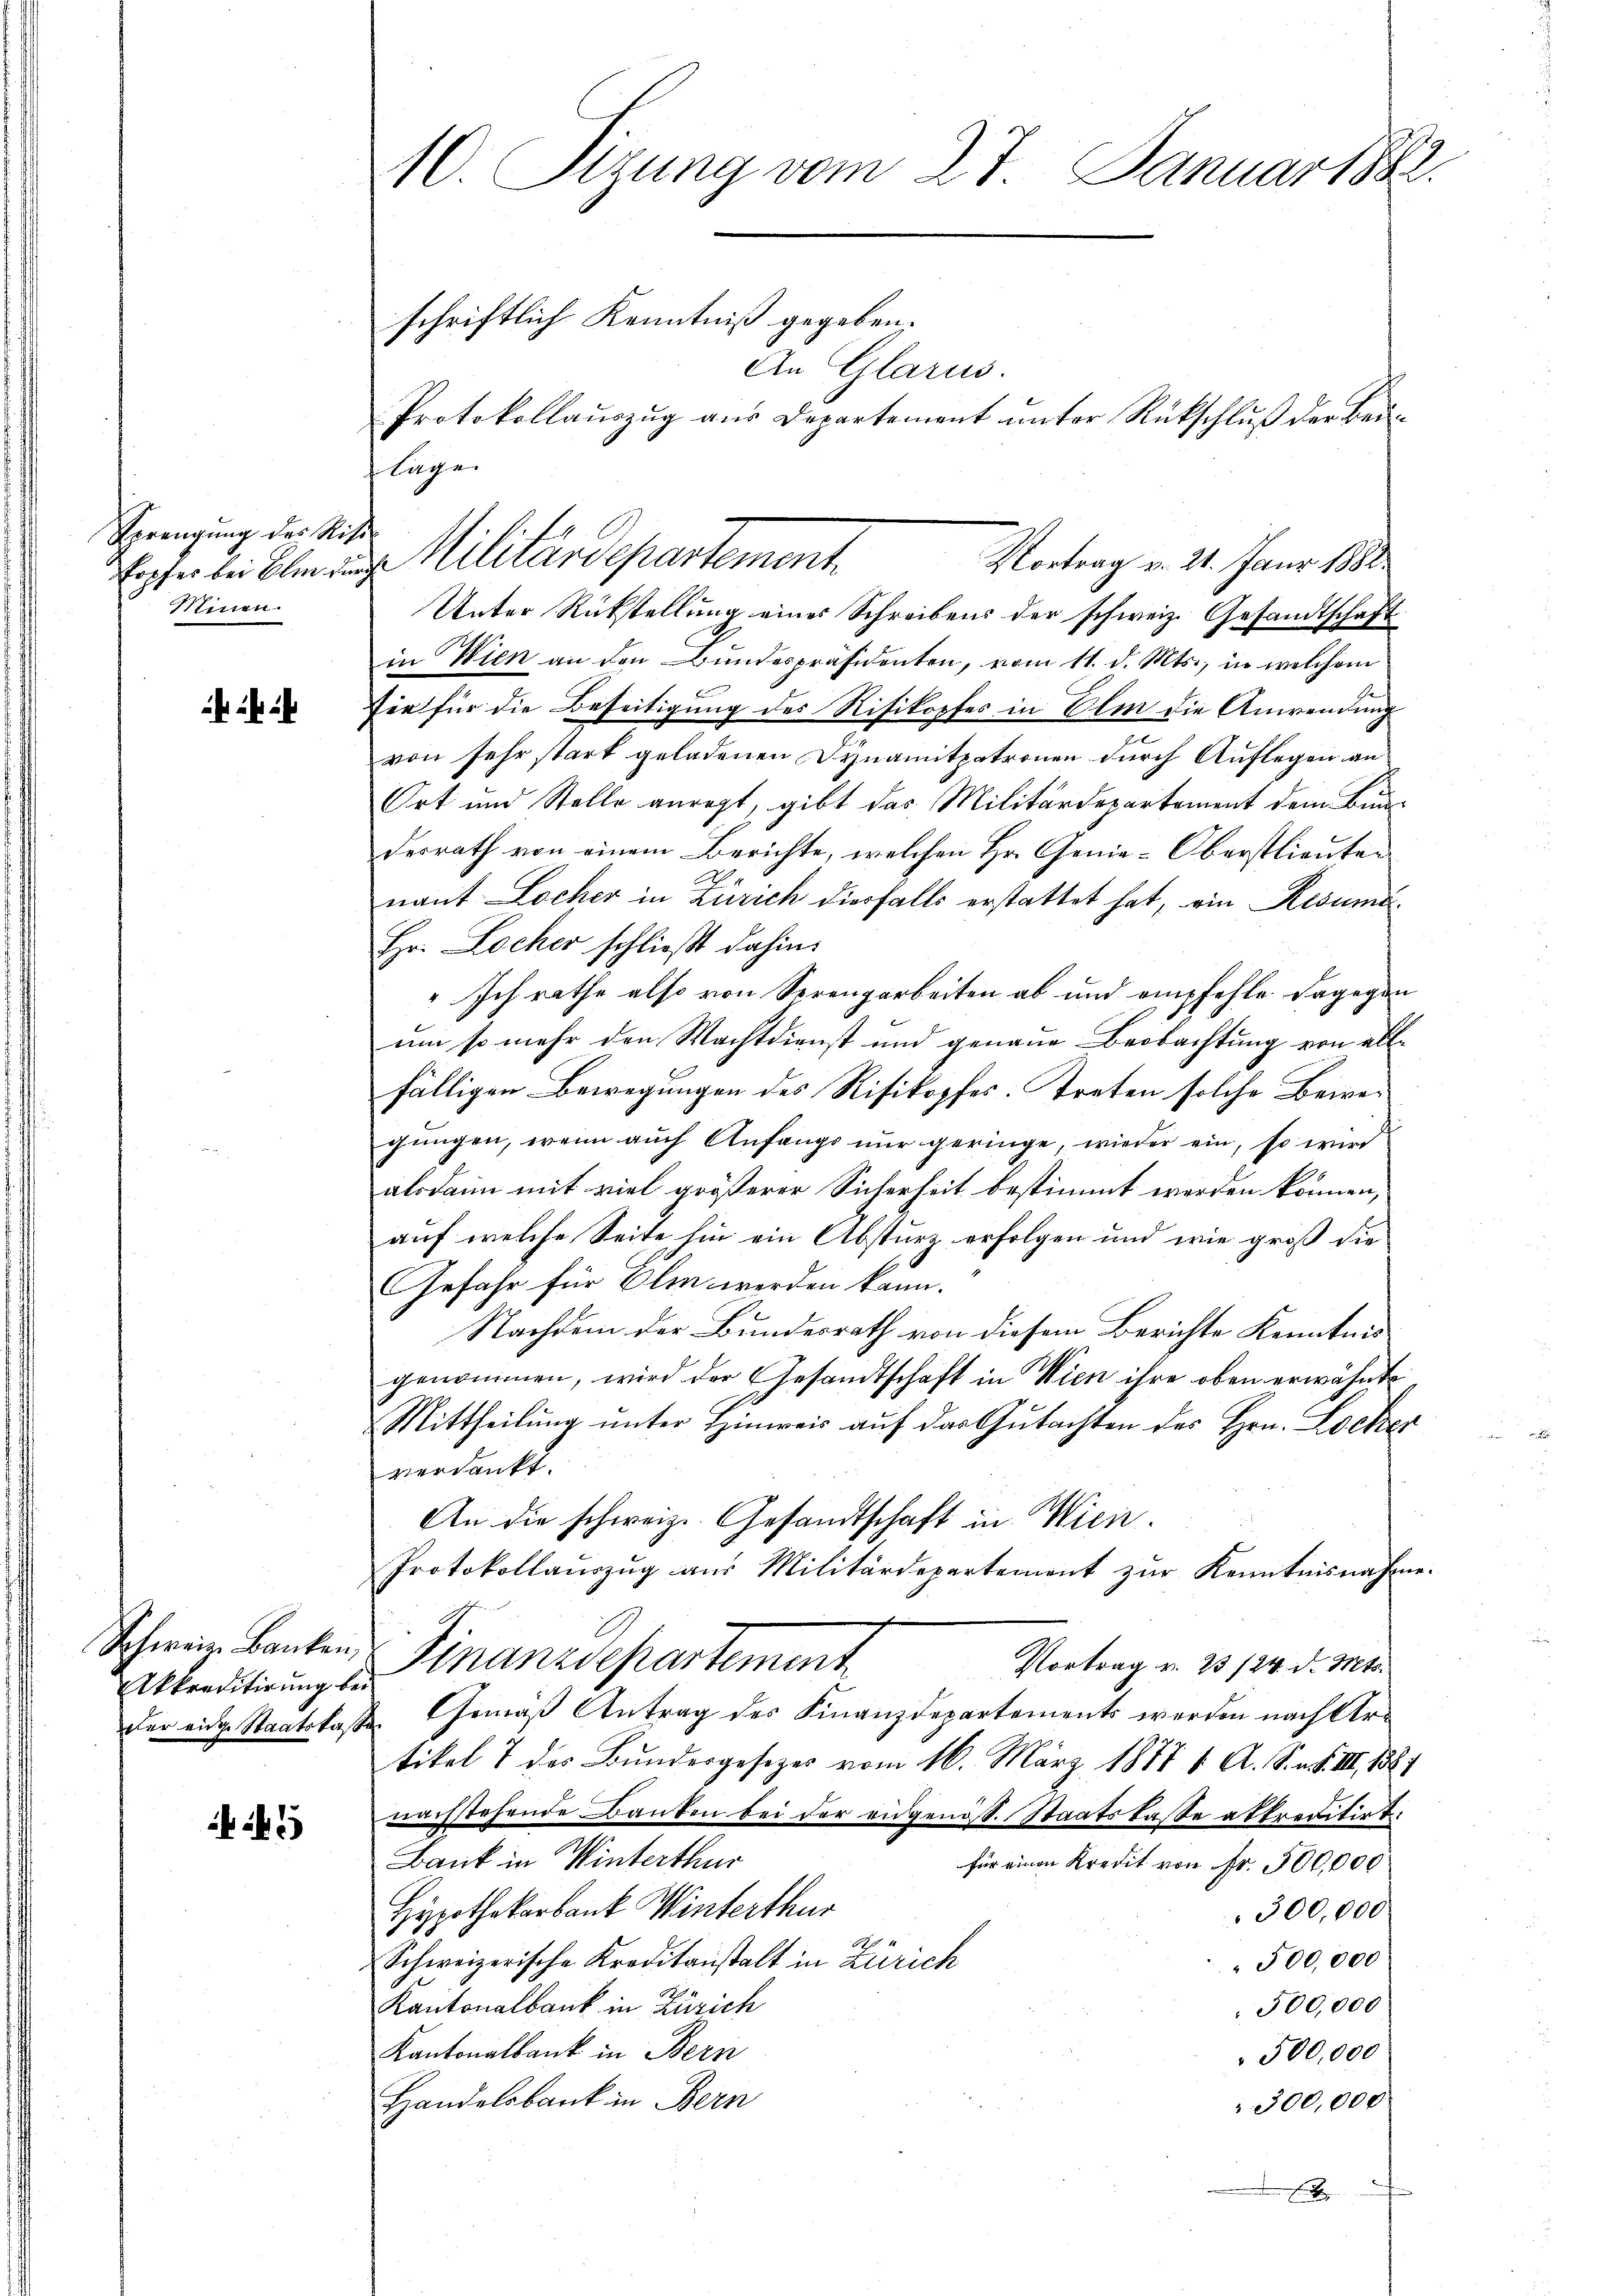
Sprengung der Siche
kopfer bei Ihm durch
Minen.

Schweiz. Banken,
Akkreditirung bei

5

10. Sizung vom 27. Januar 1882.
schriftlich Kenntniß gegeben.
An Glarus.
Protokollauszug aus Departement unter Rückschluß der Bei¬

Unter Rückstellung eines Schreibens der schweiz. Gesandtschaft
in Wien an den Bundespräsidenten, vom 11. d. Mts., in welchem
sie für die Beseitigung des Risikopfes in Elm die Anwendung
von sehr stark geladenen Synamitpatronen durch Auflegen an
Ort und Stelle anregt, gibt das Militärdepartement dem Bun
desrath von einem Berichte, welchen Hr. Genie-Oberstlieuten
nant Locher in Zürich diesfalls erstattet hat, ein Resuma¬
Hr. Locher schließt dahin:
" Ich rathe also von Serengarbeiten ab und empfehle dagegen
um so mehr den Machtdienst und genaue Beobachtung von allfälligen Bewegungen des Risikopfes: Treten solche Beweigungen, wenn auch Anfangs nur geringe, wieder ein, so wird
alsdann mit viel größerer Sicherheit bestimmt werden können,
auf welche Seite hin ein Absturz erfolgen und wie groß die
Gefahr für Elen werden kann.
Nachdem der Bundesrath von diesem Berichte Kenntnis
genommen, wird der Gesandtschaft in Wien ihre oben erwähnte
c
Mittheilung unter Hinweis auf das Gutachten des Hrn. Locker
verdankt.
An die schweiz. Gesandtschaft in Wien.
Protokollaŭszŭg aŭs Militärdepartement zŭr Kenntnisnahme.
Finanzdepartement
Vortrag v. 23 /24. d. Mts.
der eine Staatskasse Gemäß Antrag des Finanzdepartements werden nach Urtikel 7 des Bundergesetzes vom 16. März 1877 6. A. S. n. F. III, 188
nachstehende Banken bei der eidgenöss. Staatskasse attrecitirt.
Bank in Winterthur
für einen Kredit von Fr. 500,000
Hypothekarbank Winterthur
300,000
Schweizerische Kreditanstalt in Zürich
500,000
Kantonalbank in Zürich
500,000
Kantonalbank in Bern
500,000
Handelsbank in Bern
300,000
.

luge
Militärdepartement.
Vortrag v. 21. Janr. 1888.